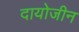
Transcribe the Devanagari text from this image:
दायोजीन